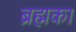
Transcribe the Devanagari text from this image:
ब्रह्मका